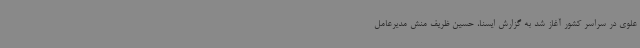
علوی در سراسر کشور آغاز شد به گزارش ایسنا، حسین ظریف منش مدیرعامل